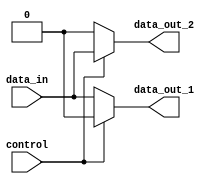
module demux(
    input wire control,
    input wire data_in,
    output reg data_out_1,
    output reg data_out_2
);

assign data_out_1 = (control == 1'b0) ? data_in : 1'b0;
assign data_out_2 = (control == 1'b1) ? data_in : 1'b0;

endmodule